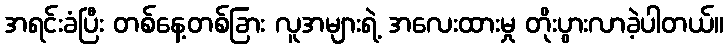
အရင်းခံပြီး တစ်နေ့တစ်ခြား လူအများရဲ့ အလေးထားမှု တိုးပွားလာခဲ့ပါတယ်။